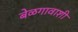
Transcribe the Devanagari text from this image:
बेळगावाशी